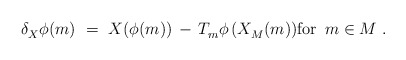
\begin{align*} \delta_X^{} \phi(m)~=~X(\phi(m)) \, - \, T_m^{} \phi \, (X_M^{}(m)) \mbox{for $\, m \in M$}~.\end{align*}